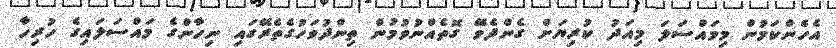
އެހެންކަމުން މިމައްސަލަ މިއަދު ކުރިޔަށް ގެންދެވޭ ގޮތެއްނުވުމުން ތިންދުވަހުގެތެރޭގައި ނިހާންގެ މައްސަލައިގެ ހުރިހާ